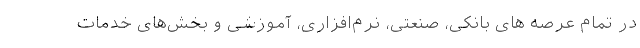
در تمام عرصه ­های بانکی، صنعتی، نرم­افزاری، آموزشی و بخش­های خدمات